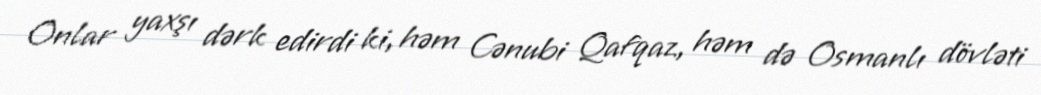
Onlar yaxşı dərk edirdi ki, həm Cənubi Qafqaz, həm də Osmanlı dövləti